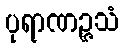
ပုရာဏဉ္ဇသံ